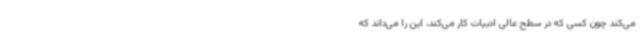
می‌کند چون کسی که در سطح عالی ادبیات کار می‌کند، این را می‌داند که